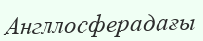
Англлосферадағы